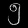
Digit: ၅